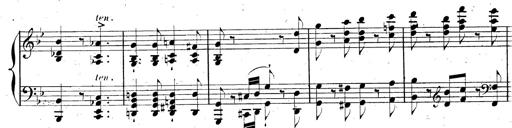
Title: AnnÃ©es de pÃ¨lerinage II, SupplÃ©ment
Composer: Franz Liszt